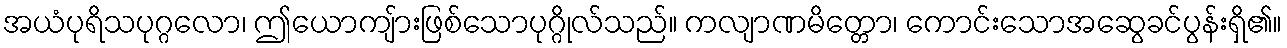
အယံပုရိသပုဂ္ဂလော၊ ဤယောကျ်ားဖြစ်သောပုဂ္ဂိုလ်သည်။ ကလျာဏမိတ္တော၊ ကောင်းသောအဆွေခင်ပွန်းရှိ၏။